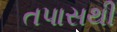
તપાસથી